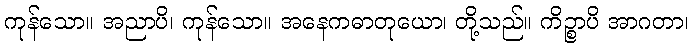
ကုန်သော။ အညာပိ၊ ကုန်သော။ အနေကဓာတုယော၊ တို့သည်။ ကိဉ္စာပိ အာဂတာ၊